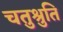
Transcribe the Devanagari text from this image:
चतुश्रुति